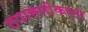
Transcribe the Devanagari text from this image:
तपासणीकरता